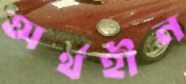
অর্থহীন